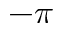
- \pi